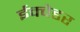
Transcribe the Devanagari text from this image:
ईक्वेडर